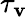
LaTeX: \tau_{\mathbf{v}}